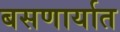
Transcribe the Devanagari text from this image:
बसणार्यात